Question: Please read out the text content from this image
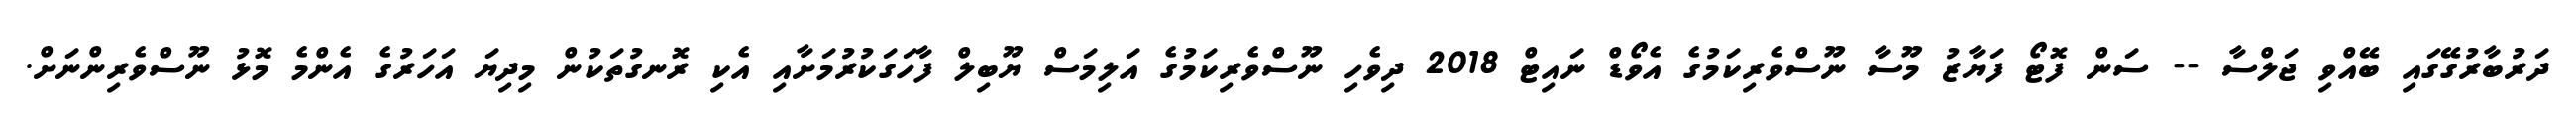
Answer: ދަރުބާރުގޭގައި ބޭއްވި ޖަލްސާ -- ސަން ފޮޓޯ ފަޔާޒު މޫސާ ނޫސްވެރިކަމުގެ އެވޯޑް ނައިޓް 2018 ދިވެހި ނޫސްވެރިކަމުގެ އަލިމަސް ޔޫބިލް ފާހަގަކުރުމަށާއި އެކި ރޮނގުތަކުން މިދިޔަ އަހަރުގެ އެންމެ މޮޅު ނޫސްވެރިންނަށް.